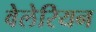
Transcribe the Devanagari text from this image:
वेलेरियन